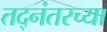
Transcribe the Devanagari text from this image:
तद्नंतरच्या